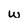
Character: w